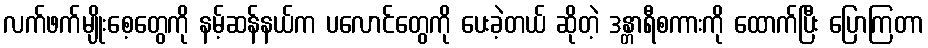
လက်ဖက်မျိုးစေ့တွေကို နမ့်ဆန်နယ်က ပလောင်တွေကို ပေးခဲ့တယ် ဆိုတဲ့ ဒန္တာရီစကားကို ထောက်ပြီး ပြောကြတာ